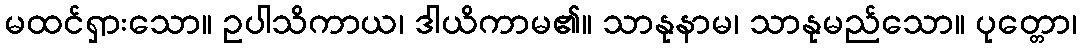
မထင်ရှားသော။ ဥပါသိကာယ၊ ဒါယိကာမ၏။ သာနုနာမ၊ သာနုမည်သော။ ပုတ္တော၊